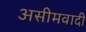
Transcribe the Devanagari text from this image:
असीमवादी